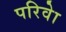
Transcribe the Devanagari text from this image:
परिवेा